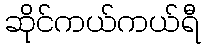
ဆိုင်ကယ်ကယ်ရီ